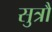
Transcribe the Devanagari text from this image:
सुत्रौं